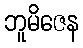
ဘူမိဇေန